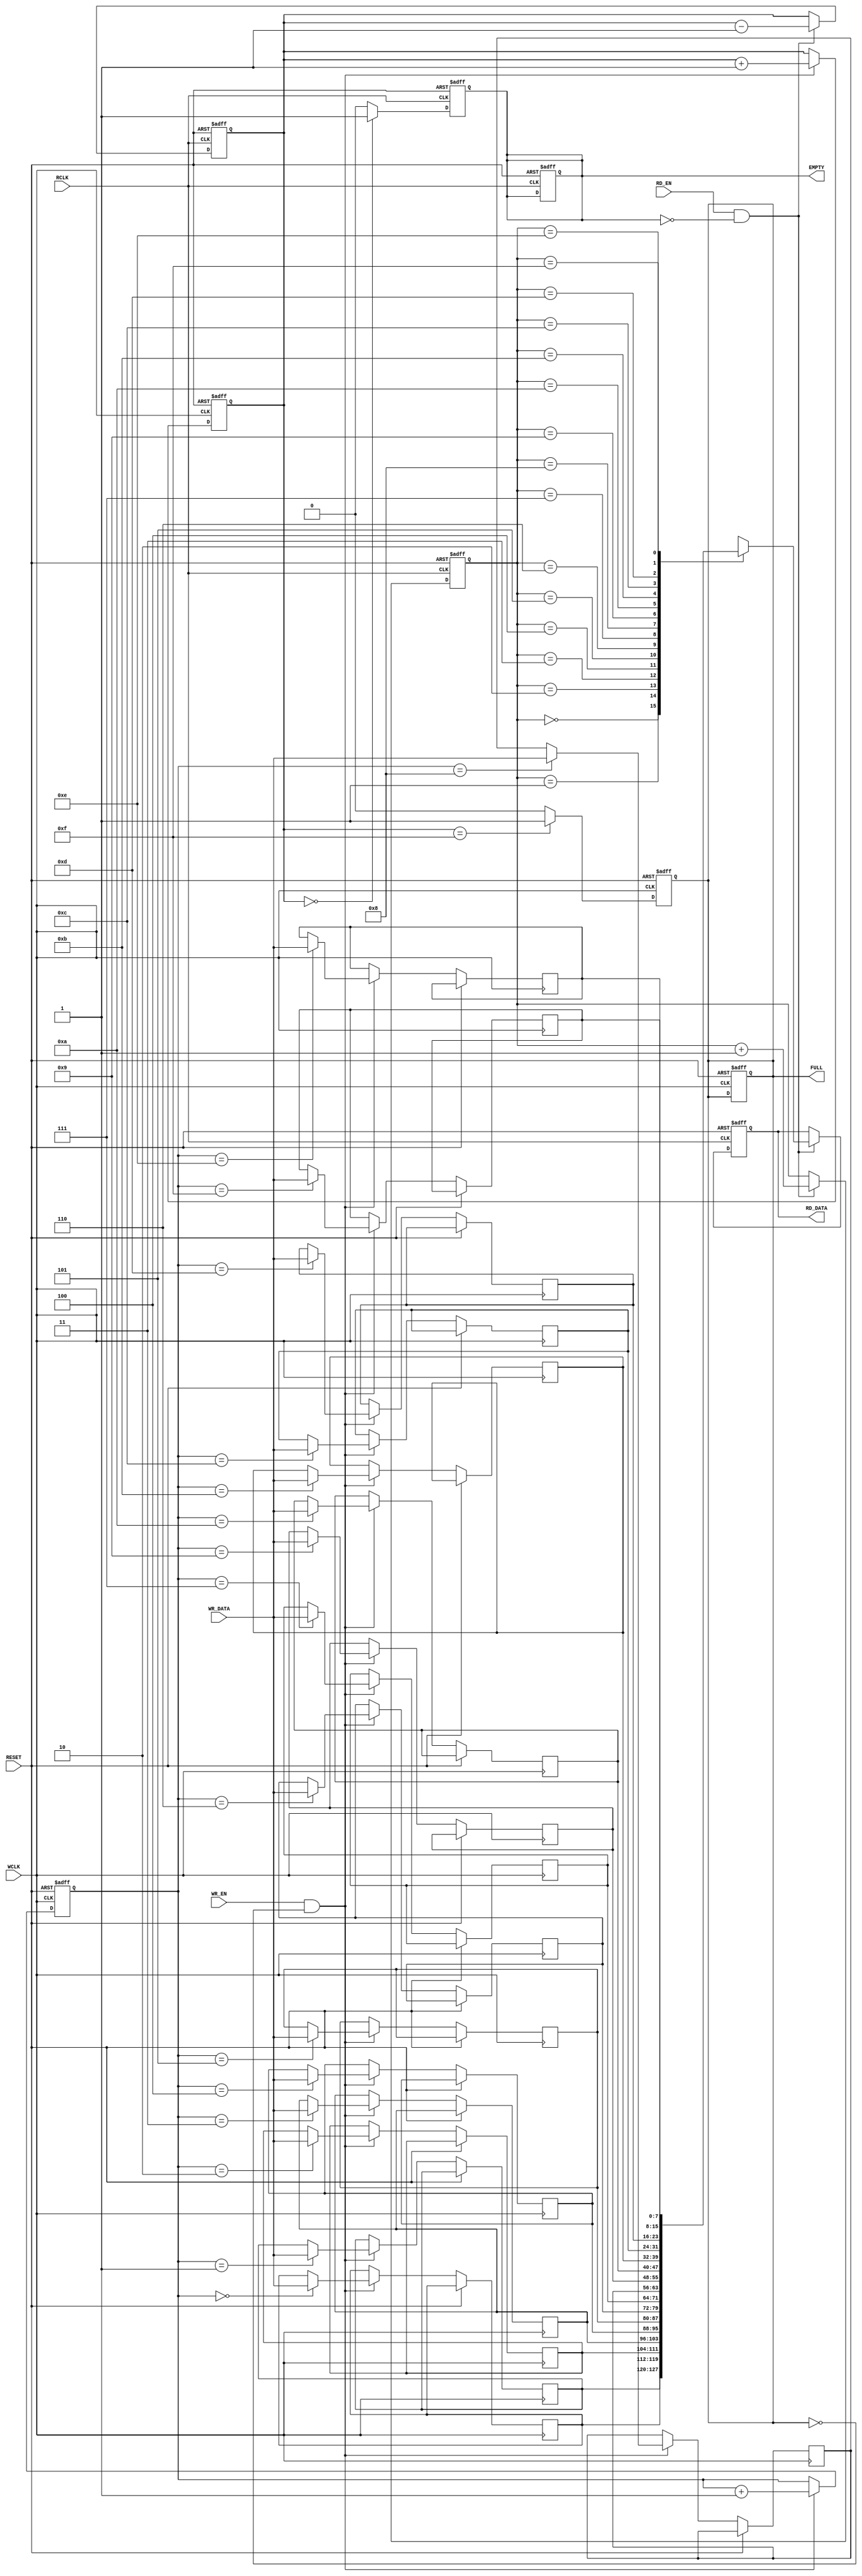
module dual_clock_fifo #(
    parameter DATA_WIDTH = 8,   // Width of data
    parameter FIFO_DEPTH = 16    // Depth of FIFO (must be a power of 2)
) (
    input wire                  WCLK,       // Write clock
    input wire                  RCLK,       // Read clock
    input wire                  RESET,      // Asynchronous reset
    input wire [DATA_WIDTH-1:0] WR_DATA,   // Data to write
    input wire                  WR_EN,      // Write enable
    input wire                  RD_EN,      // Read enable
    output reg [DATA_WIDTH-1:0] RD_DATA,   // Data read
    output reg                  FULL,       // FIFO full flag
    output reg                  EMPTY       // FIFO empty flag
);

    // Memory array
    reg [DATA_WIDTH-1:0] mem [0:FIFO_DEPTH-1];

    // Pointer declarations
    reg [3:0] WPtr;  // Write pointer
    reg [3:0] RPtr;  // Read pointer
    reg [3:0] Count; // Number of entries in FIFO

    // Asynchronous reset
    always @(posedge WCLK or posedge RESET) begin
        if (RESET) begin
            WPtr <= 0;
            Count <= 0;
            FULL <= 0;
        end else if (WR_EN && !FULL) begin
            mem[WPtr] <= WR_DATA; // Write data to memory
            WPtr <= WPtr + 1;     // Increment write pointer
            Count <= Count + 1;   // Increment count
        end
    end

    // Full flag logic
    always @(posedge WCLK or posedge RESET) begin
        if (RESET) begin
            FULL <= 0;
        end else if (Count == FIFO_DEPTH - 1) begin
            FULL <= 1;  // FIFO is full
        end else begin
            FULL <= 0;  // FIFO is not full
        end
    end

    // Read operation
    always @(posedge RCLK or posedge RESET) begin
        if (RESET) begin
            RPtr <= 0;
            Count <= 0;
            EMPTY <= 1;
            RD_DATA <= 0;
        end else if (RD_EN && !EMPTY) begin
            RD_DATA <= mem[RPtr]; // Read data from memory
            RPtr <= RPtr + 1;     // Increment read pointer
            Count <= Count - 1;   // Decrement count
        end
    end

    // Empty flag logic
    always @(posedge RCLK or posedge RESET) begin
        if (RESET) begin
            EMPTY <= 1;  // FIFO is empty
        end else if (Count == 0) begin
            EMPTY <= 1;  // FIFO is empty
        end else begin
            EMPTY <= 0;  // FIFO is not empty
        end
    end

endmodule